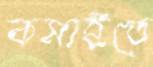
কমাইতে